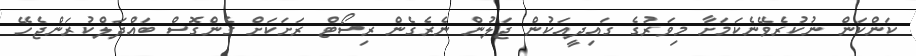
ކަންކަން ނުކުރެވޭނެކަމަށާ މިވަރުގެ ގައިދީއަކުން ޖަލުން ނެރެގެން ރިސޯޓް ރަށަކަށް ގެންގޮސް ބައްދަލްކުރަންޖެހޭ